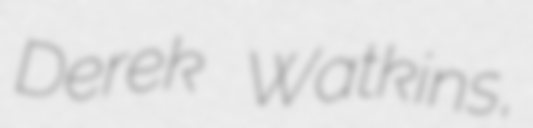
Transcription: Derek Watkins,